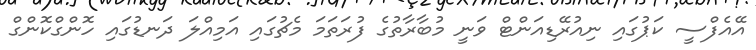
އޭއެފްސީ ކަޕުގައި ނިއުރޭޑިއަންޓް ވަނީ މުބާރާތުގެ ފުރަތަމަ މެޗުގައި އަމިއްލަ ދަނޑުގައި ހޮންގްކޮންގް